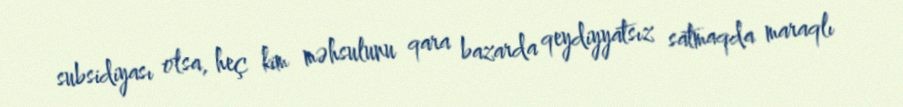
subsidiyası olsa, heç kim məhsulunu qara bazarda qeydiyyatsız satmaqda maraqlı